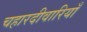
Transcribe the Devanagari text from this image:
चहारदीवारियाँ